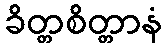
ခိတ္တစိတ္တာနံ